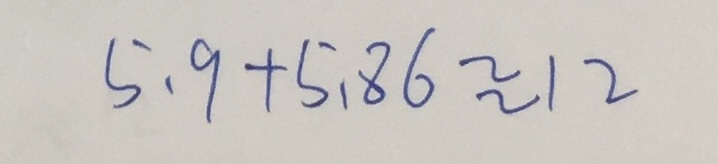
5 . 9 + 5 . 8 6 \approx 1 2